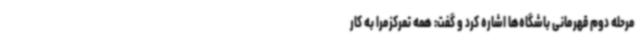
مرحله دوم قهرمانی باشگاه‌ها اشاره کرد و گفت: همه تمرکزمرا به کار